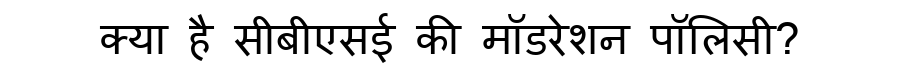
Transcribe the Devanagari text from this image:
क्या है सीबीएसई की मॉडरेशन पॉलिसी?